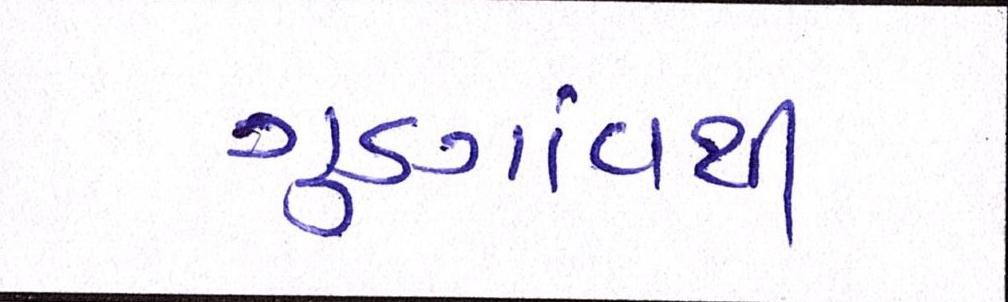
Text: ગુડગાંવથી